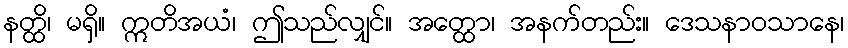
နတ္ထိ၊ မရှိ။ ဣတိအယံ၊ ဤသည်လျှင်။ အတ္ထော၊ အနက်တည်း။ ဒေသနာဝသာနေ၊